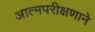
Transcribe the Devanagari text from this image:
आत्मपरीक्षणाने